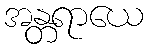
အန္တရာယေ